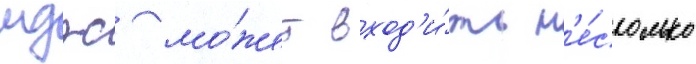
мдпс мо́жет вход'и́ть н'е́сколько